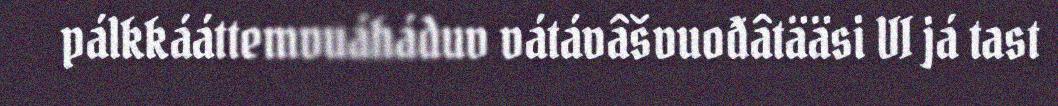
pálkkááttemvuáháduv vátávâšvuođâtääsi VI já tast